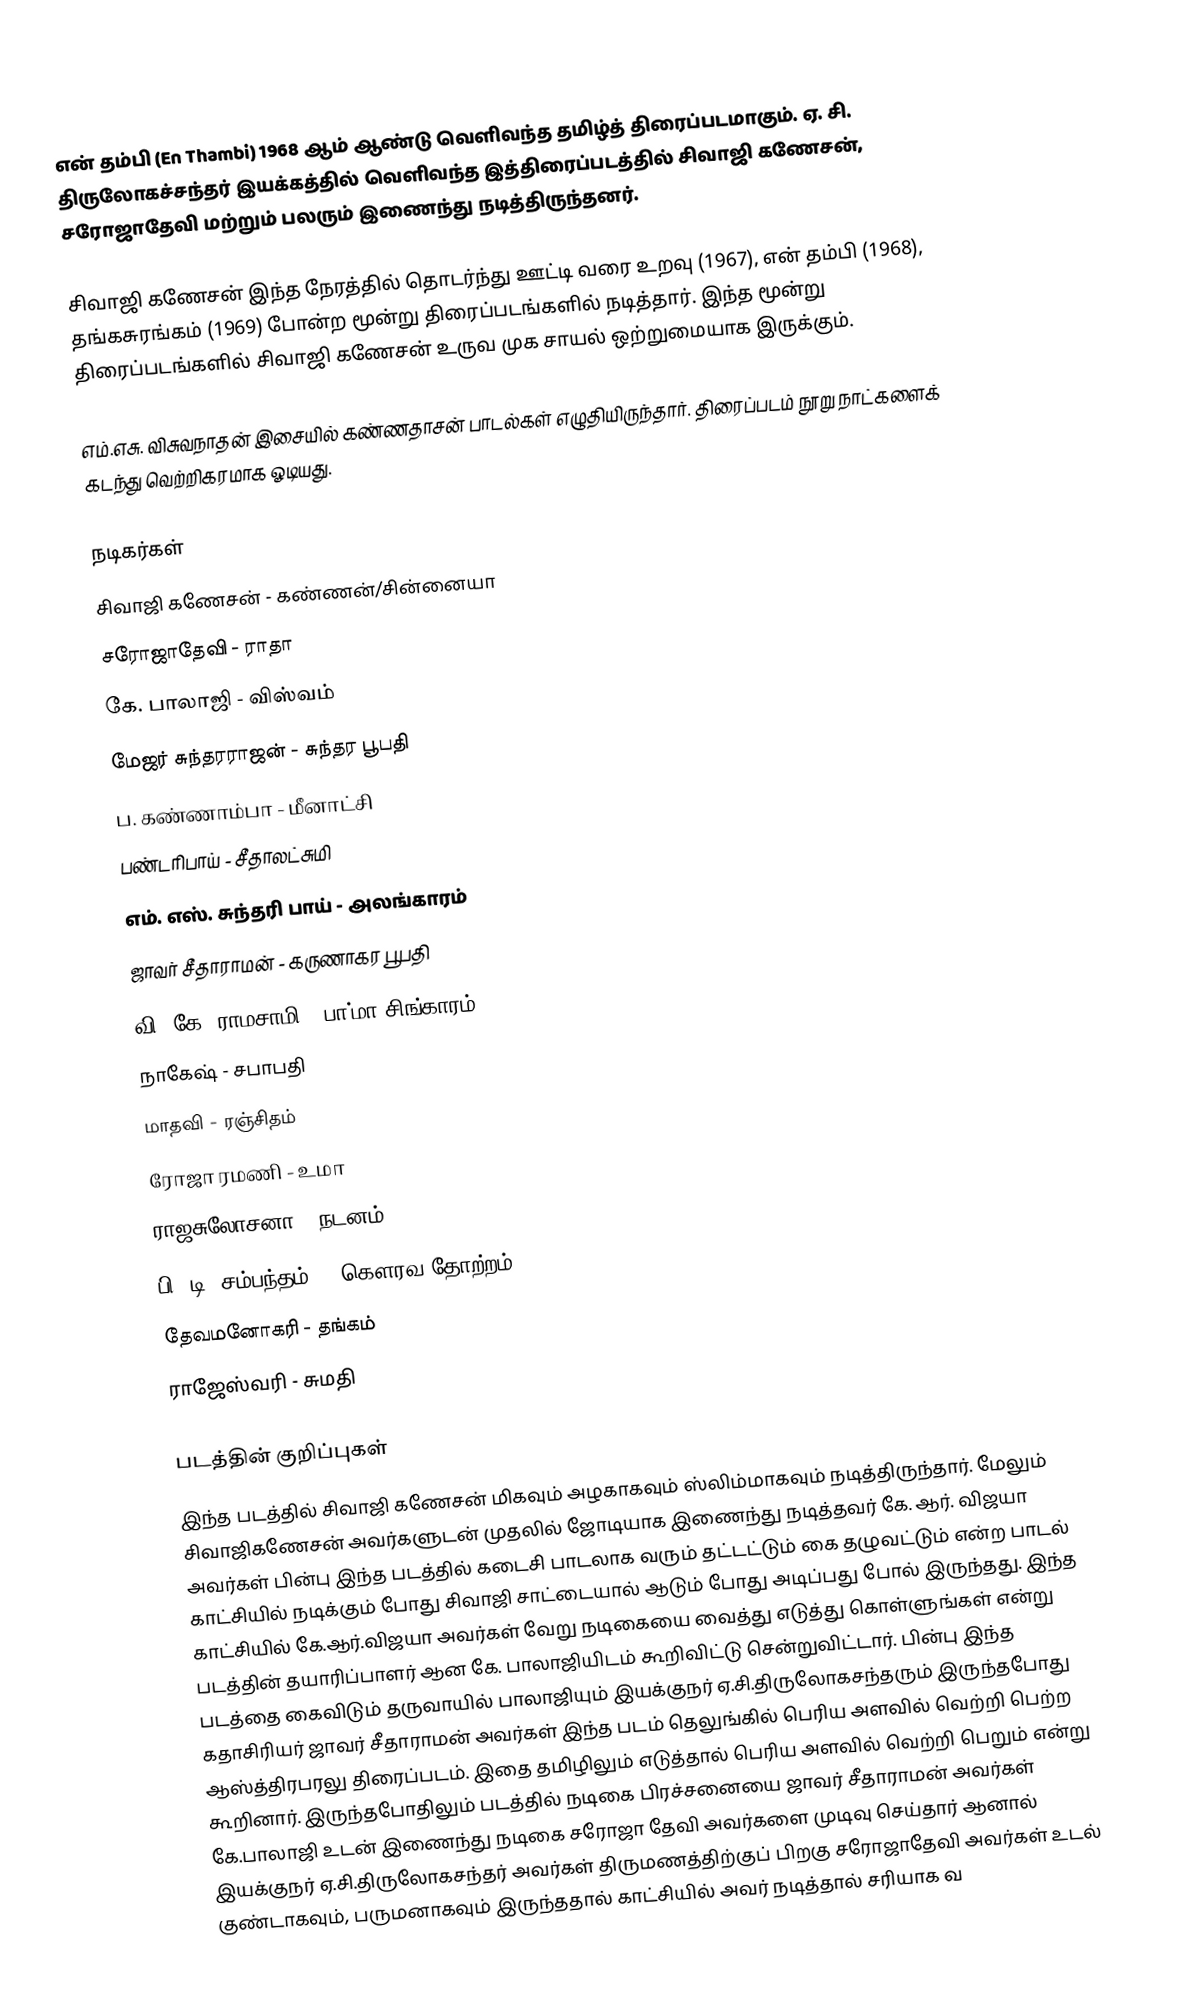
என் தம்பி (En Thambi) 1968 ஆம் ஆண்டு வெளிவந்த தமிழ்த் திரைப்படமாகும். ஏ. சி. திருலோகச்சந்தர் இயக்கத்தில் வெளிவந்த இத்திரைப்படத்தில் சிவாஜி கணேசன், சரோஜாதேவி மற்றும் பலரும் இணைந்து நடித்திருந்தனர்.

சிவாஜி கணேசன் இந்த நேரத்தில் தொடர்ந்து ஊட்டி வரை உறவு (1967), என் தம்பி (1968), தங்கசுரங்கம் (1969) போன்ற மூன்று திரைப்படங்களில் நடித்தார். இந்த மூன்று திரைப்படங்களில் சிவாஜி கணேசன் உருவ முக சாயல் ஒற்றுமையாக இருக்கும்.

எம்.எசு. விசுவநாதன் இசையில் கண்ணதாசன் பாடல்கள் எழுதியிருந்தார். திரைப்படம் நூறு நாட்களைக் கடந்து வெற்றிகரமாக ஓடியது.

நடிகர்கள்
சிவாஜி கணேசன் - கண்ணன்/சின்னையா
சரோஜாதேவி - ராதா
கே. பாலாஜி - விஸ்வம்
மேஜர் சுந்தரராஜன் - சுந்தர பூபதி
ப. கண்ணாம்பா - மீனாட்சி
பண்டரிபாய் - சீதாலட்சுமி
எம். எஸ். சுந்தரி பாய் - அலங்காரம்
ஜாவர் சீதாராமன் - கருணாகர பூபதி
வி. கே. ராமசாமி - பா்மா சிங்காரம்
நாகேஷ் - சபாபதி
மாதவி - ரஞ்சிதம்
ரோஜா ரமணி - உமா
ராஜசுலோசனா - நடனம்
பி. டி. சம்பந்தம் - (கௌரவ தோற்றம்)
தேவமனோகரி - தங்கம்
ராஜேஸ்வரி - சுமதி

படத்தின் குறிப்புகள்
இந்த படத்தில் சிவாஜி கணேசன் மிகவும் அழகாகவும் ஸ்லிம்மாகவும் நடித்திருந்தார். மேலும் சிவாஜிகணேசன் அவர்களுடன் முதலில் ஜோடியாக இணைந்து நடித்தவர் கே. ஆர். விஜயா அவர்கள் பின்பு இந்த படத்தில் கடைசி பாடலாக வரும் தட்டட்டும் கை தழுவட்டும் என்ற பாடல் காட்சியில் நடிக்கும் போது சிவாஜி சாட்டையால் ஆடும் போது அடிப்பது போல் இருந்தது. இந்த காட்சியில் கே.ஆர்.விஜயா அவர்கள் வேறு நடிகையை வைத்து எடுத்து கொள்ளுங்கள் என்று படத்தின் தயாரிப்பாளர் ஆன கே. பாலாஜியிடம் கூறிவிட்டு சென்றுவிட்டார். பின்பு இந்த படத்தை கைவிடும் தருவாயில் பாலாஜியும் இயக்குநர் ஏ.சி.திருலோகசந்தரும் இருந்தபோது கதாசிரியர் ஜாவர் சீதாராமன் அவர்கள் இந்த படம் தெலுங்கில் பெரிய அளவில் வெற்றி பெற்ற ஆஸ்த்திரபரலு திரைப்படம். இதை தமிழிலும் எடுத்தால் பெரிய அளவில் வெற்றி பெறும் என்று கூறினார். இருந்தபோதிலும் படத்தில் நடிகை பிரச்சனையை ஜாவர் சீதாராமன் அவர்கள் கே.பாலாஜி உடன் இணைந்து நடிகை சரோஜா தேவி அவர்களை முடிவு செய்தார் ஆனால் இயக்குநர் ஏ.சி.திருலோகசந்தர் அவர்கள் திருமணத்திற்குப் பிறகு சரோஜாதேவி அவர்கள் உடல் குண்டாகவும், பருமனாகவும் இருந்ததால் காட்சியில் அவர் நடித்தால் சரியாக வ